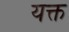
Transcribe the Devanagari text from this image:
यक्त